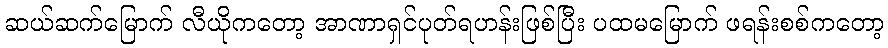
ဆယ်ဆက်မြောက် လီယိုကတော့ အာဏာရှင်ပုတ်ရဟန်းဖြစ်ပြီး ပထမမြောက် ဖရန်းစစ်ကတော့